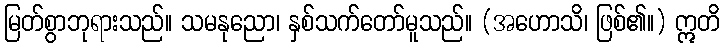
မြတ်စွာဘုရားသည်။ သမနုညော၊ နှစ်သက်တော်မူသည်။ (အဟောသိ၊ ဖြစ်၏။) ဣတိ